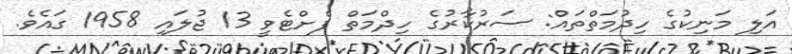
އަލި މަނިކުގެ ހިދުމަތްތައް: ސަރުކާރުގެ ހިދްމަތް ފެށްޓެވީ 13 ޖުލައި 1958 ގައެވެ.